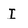
Character: I